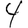
Digit: 4